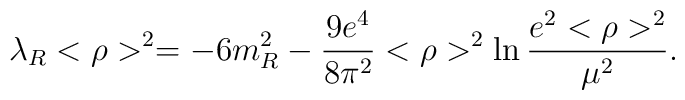
\lambda_{R}<\rho>^{2}=-6m_{R}^{2}-\frac{9e^{4}}{8\pi^{2}}<\rho>^{2}\ln\frac{e^{2}<\rho>^{2}}{\mu^{2}}.